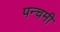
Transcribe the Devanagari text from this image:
पन्चमी